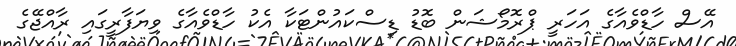
އޭސް ހާޑްވެއާގެ އަހަރީ ޕްރޮމޯޝަން ބޮޑު ޑިސްކައުންޓަކާ އެކު ހާޑްވެއާގެ ވިޔަފާރީގައި ރާއްޖޭގެ